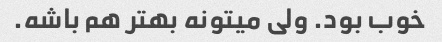
خوب بود. ولی میتونه بهتر هم باشه.